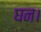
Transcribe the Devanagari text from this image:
घन।